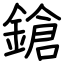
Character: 鎗